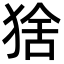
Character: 猞